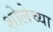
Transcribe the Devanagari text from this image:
शोलेच्या